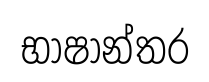
භාෂාන්තර